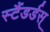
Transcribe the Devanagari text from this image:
स्टैंडर्डस्